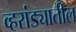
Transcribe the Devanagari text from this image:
व्हरांड्यातील